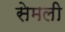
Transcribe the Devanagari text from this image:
सेमली